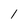
Character: l